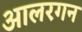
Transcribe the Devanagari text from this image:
आलरगन